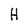
Character: H